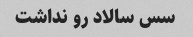
سس سالاد رو نداشت